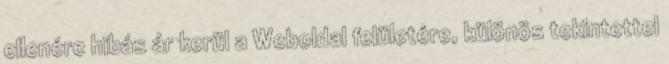
ellenére hibás ár kerül a Weboldal felületére, különös tekintettel